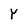
Character: Y